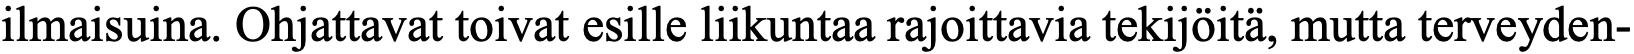
ilmaisuina. Ohjattavat toivat esille liikuntaa rajoittavia tekijöitä, mutta terveyden-